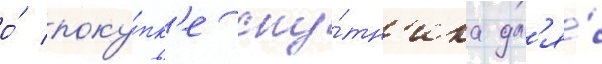
о́ поку́пк'е спу́тн'ика дл'я́